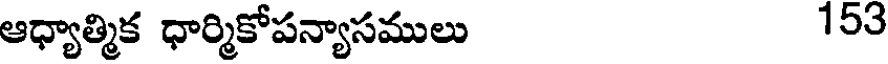
ఆధ్యాత్మిక ధార్మికోపన్యాసములు 153